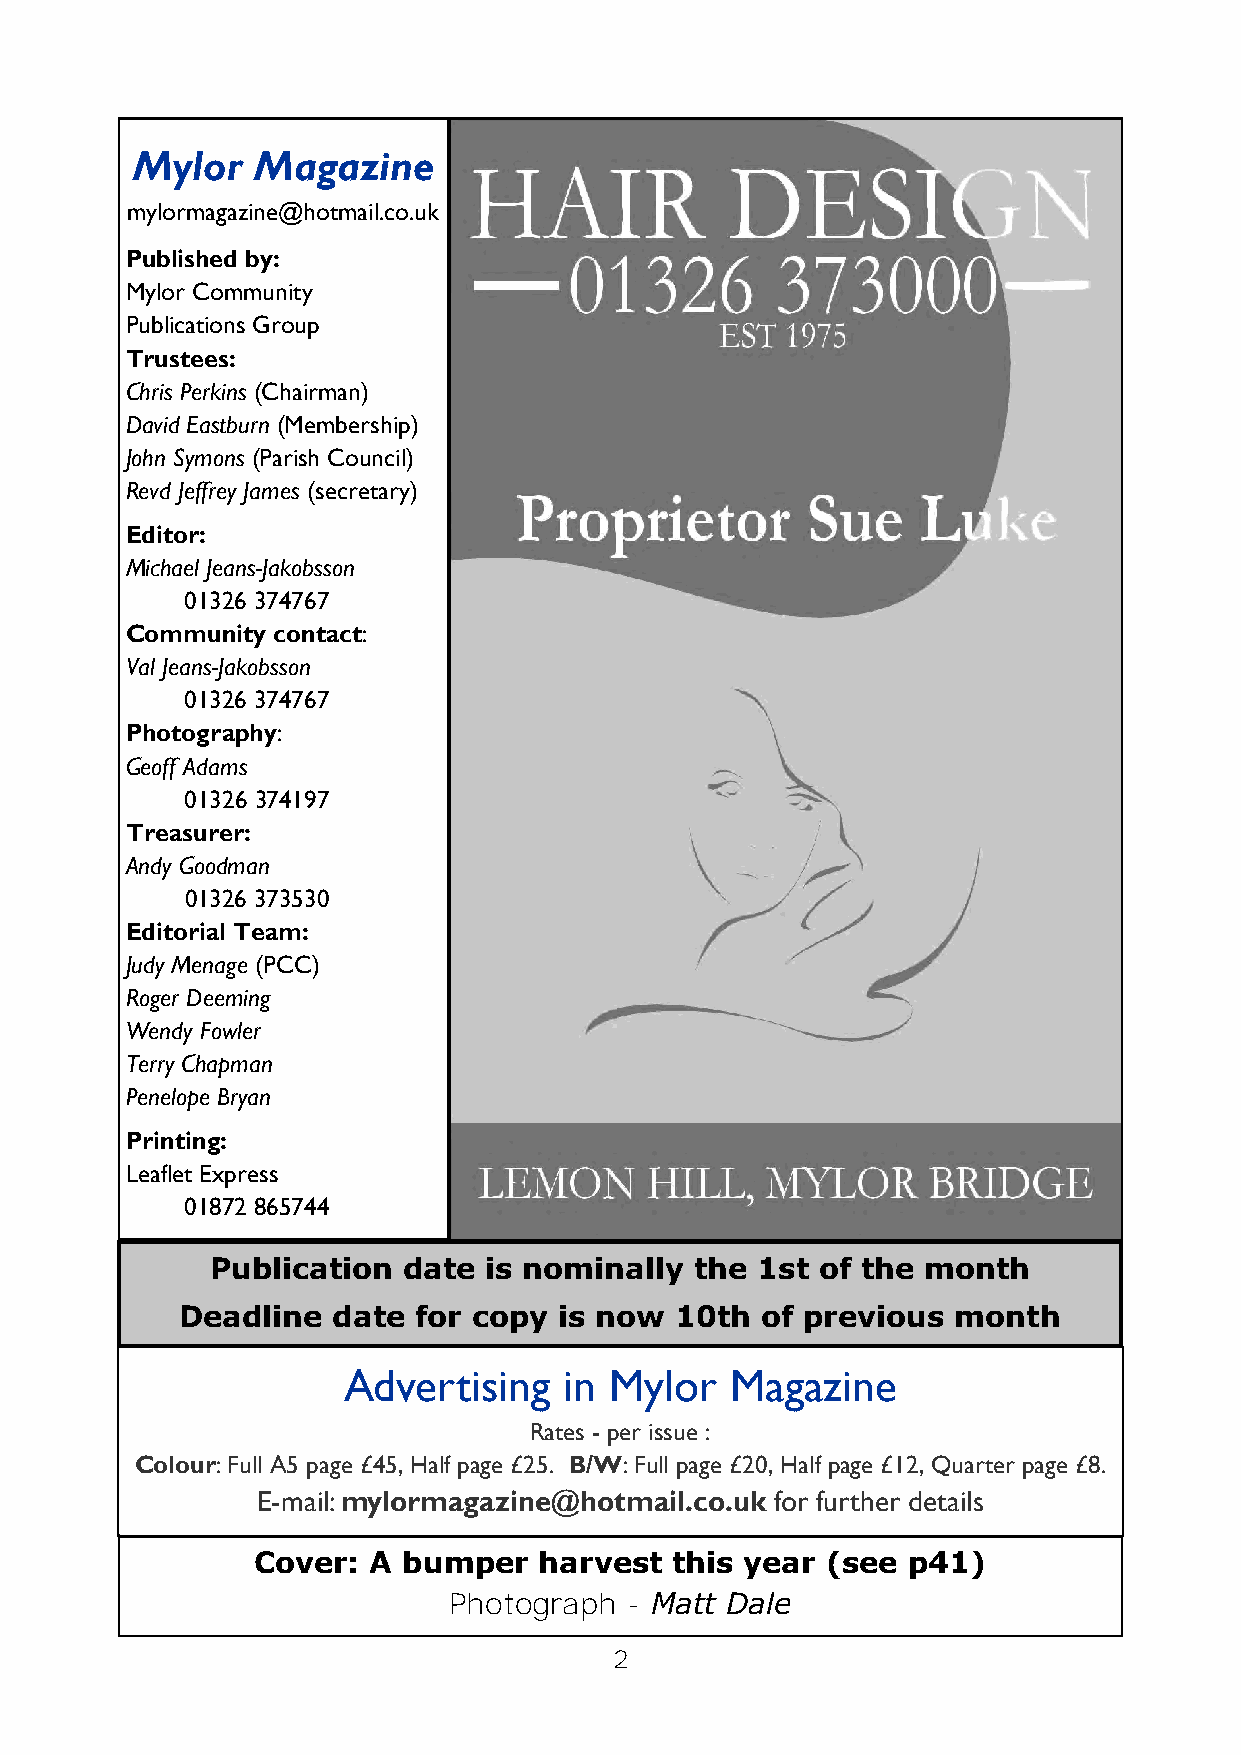
Mylor   Magazine
 mylormagazine@hotmail.co.uk
 Published by:
 Mylor Community
 Publications Group
 Trustees:
 Chris Perkins (Chairman)
 David Eastburn (Membership)
 John Symons (Parish Council)
 Revd Jeffrey James (secretary)
 Editor:
 Michael Jeans-Jakobsson
 01326 374767
 Community contact:
 Val Jeans-Jakobsson
 01326 374767
 Photography:
 Geoff Adams
 01326 374197
 Treasurer:
 Andy Goodman
 01326 373530
 Editorial Team:
 Judy Menage (PCC)
 Roger Deeming
 Wendy Fowler
 Terry Chapman
 Penelope Bryan
 Printing:
 Leaflet Express
 01872 865744
 Publication  date is nominally  the 1st of the month
 Deadline  date  for copy is now  10th of previous  month
 Advertising   in Mylor   Magazine
 Rates - per issue :
 Colour: Full A5 page £45, Half page £25. B/W: Full page £20, Half page £12, Quarter page £8.
 E-mail: mylormagazine@hotmail.co.uk for further details
 Cover: A  bumper   harvest  this year (see p41)
 Photograph  - Matt Dale
 2